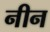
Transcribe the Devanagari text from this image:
नीन